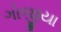
ગોજીયા